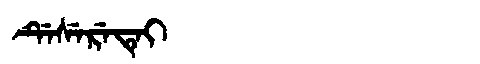
Manchu: ᡩᡝᠰᡝᡵᡝᡨᡝᡳ
Romanization: DESERETEI